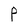
Character: P